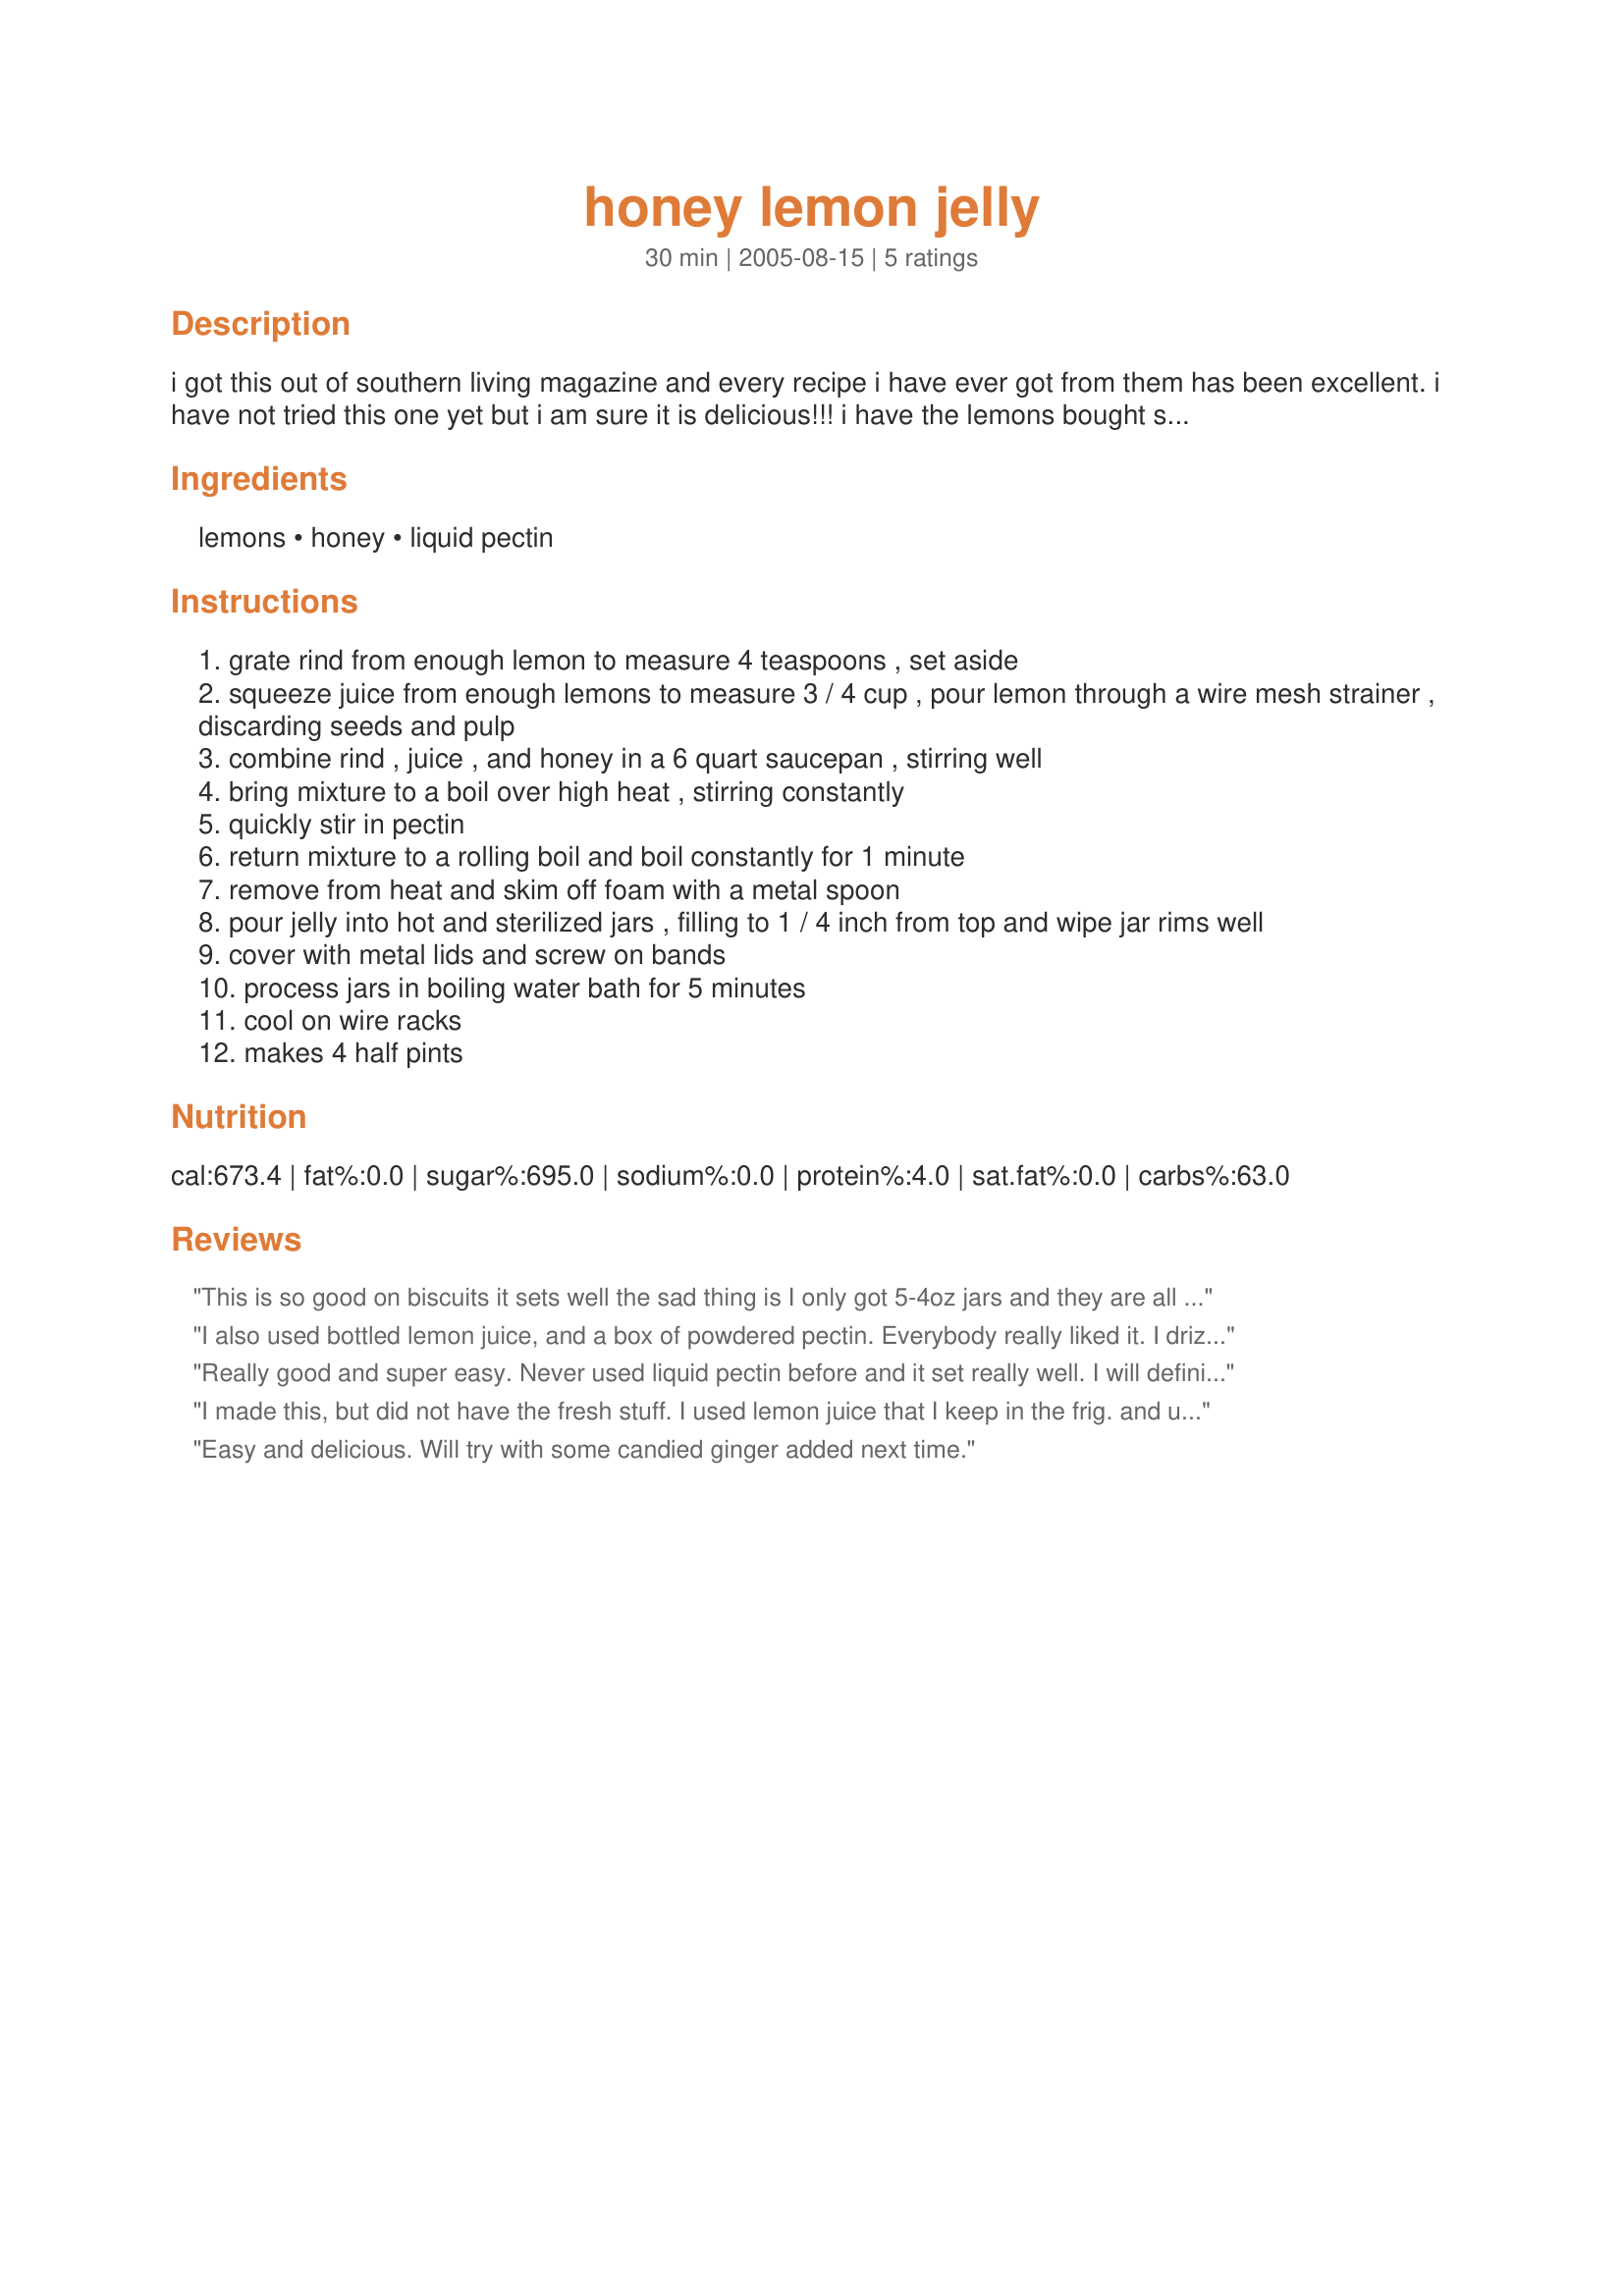
honey lemon jelly
Preparation time: 30 minutes

i got this out of southern living magazine and every recipe i have ever got from them has been excellent. i have not tried this one yet but i am sure it is delicious!!!
i have the lemons bought so i will make it sometime this week.

and the best thing about it, there are only 3 ingredients.....yipppeee!!

Ingredients:
lemons, honey, liquid pectin

Steps:
grate rind from enough lemon to measure 4 teaspoons , set aside
squeeze juice from enough lemons to measure 3 / 4 cup , pour lemon through a wire mesh strainer , discarding seeds and pulp
combine rind , juice , and honey in a 6 quart saucepan , stirring well
bring mixture to a boil over high heat , stirring constantly
quickly stir in pectin
return mixture to a rolling boil and boil constantly for 1 minute
remove from heat and skim off foam with a metal spoon
pour jelly into hot and sterilized jars , filling to 1 / 4 inch from top and wipe jar rims well
cover with metal lids and screw on bands
process jars in boiling water bath for 5 minutes
cool on wire racks
makes 4 half pints

Reviews:
This is so good on biscuits it sets well the sad thing is I only got 5-4oz jars and they are all gone already. But this is something you can make any time of year. It is one of the more expensive jams I made this year but well worth it.
I also used bottled lemon juice, and a box of powdered pectin.
Everybody really liked it. I drizzled some into my tea this afternoon and it was really yummy! I made 2 batches, and got 6-4oz jars, and 2 pints. Very easy, will be making this again.
Really good and super easy. Never used liquid pectin before and it set really well. I will definitely be making a lot more. I didn’t grate the lemon peels either. Still came out great.
I made this, but did not have the fresh stuff. I used lemon juice that I keep in the frig. and used lemon peel. All my friends loved it. I will use it again. I am looking for more jelly/jam recipes made w/honey. This was so easy to make. Thank you for posting it.
Easy and delicious. Will try with some candied ginger added next time.
